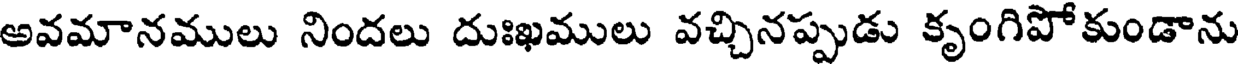
అవమానములు నిందలు దుఃఖములు వచ్చినప్పుడు కృంగిపోకుండాను